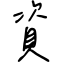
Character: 資